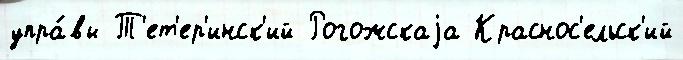
упра́вы Т'ет'ер'инск'ий Рогожскаjа Краснос'ельск'ий